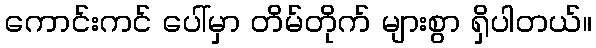
ကောင်းကင် ပေါ်မှာ တိမ်တိုက် များစွာ ရှိပါတယ်။